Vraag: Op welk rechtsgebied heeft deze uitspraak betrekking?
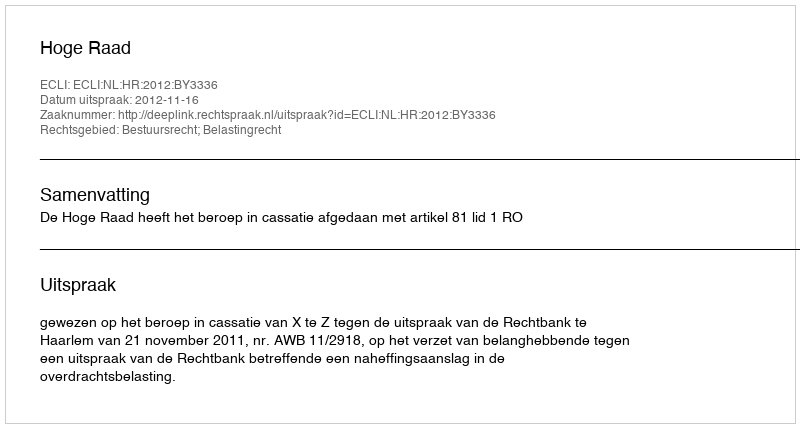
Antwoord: Bestuursrecht; Belastingrecht